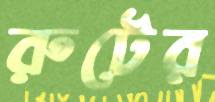
রুটের